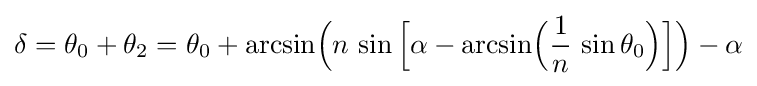
\delta =\theta _{0}+\theta _{2}=\theta _{0}+{\text{arcsin}}{\Big (}n\,\sin {\Big [}\alpha -{\text{arcsin}}{\Big (}{\frac {1}{n}}\,\sin \theta _{0}{\Big )}{\Big ]}{\Big )}-\alpha